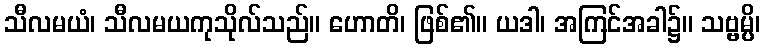
သီလမယံ၊ သီလမယကုသိုလ်သည်။ ဟောတိ၊ ဖြစ်၏။ ယဒါ၊ အကြင်အခါ၌။ သဗ္ဗမ္ပိ၊